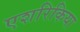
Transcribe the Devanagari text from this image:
एशरिकिया